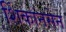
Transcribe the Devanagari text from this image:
शिंकानसेन